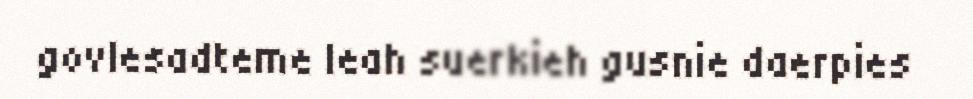
govlesadteme leah suerkieh gusnie daerpies